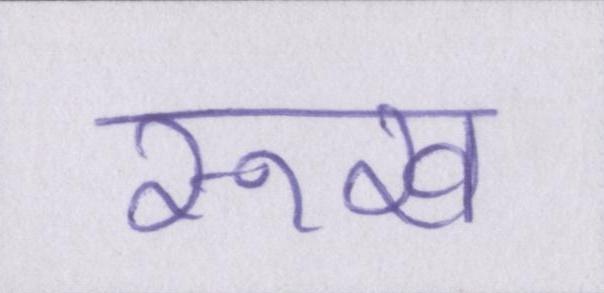
रूख